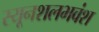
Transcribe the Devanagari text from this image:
स्यूनशलभवंश